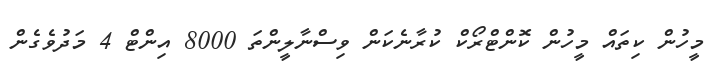
މީހުން ކިތައް މީހުން ކޮންޓްރޯކް ކުރާނެކަން ވިސްނާލީންތަ 8000 އިންޓް 4 މަދުވެގެން